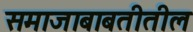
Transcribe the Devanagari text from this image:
समाजाबाबतीतील